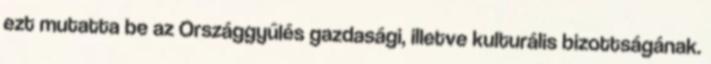
ezt mutatta be az Országgyűlés gazdasági, illetve kulturális bizottságának.